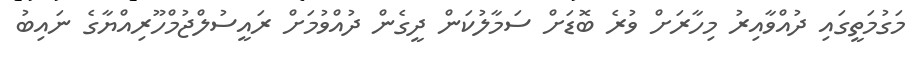
މަގުމަތީގައި ދުއްވާއިރު މިހާރަށް ވުރެ ބޮޑަށް ސަމާލުކަން ދީގެން ދުއްވުމަށް ރައީސުލްޖުމްހޫރިއްޔާގެ ނައިބު